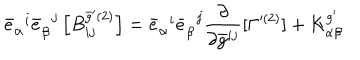
LaTeX: { \bar { e } } _ { \alpha } ^ { \; \; i } { \bar { e } } _ { \beta } ^ { \; \; j } \left[ { B } _ { i j } ^ { \bar { g } ^ { \prime } ( 2 ) } \right] = { \bar { e } } _ { \alpha } ^ { \; \; i } { \bar { e } } _ { \beta } ^ { \; \; j } \frac { \partial } { \partial \bar { g } ^ { i j } } [ \Gamma ^ { ( 2 ) } ] + { K } _ { \alpha \beta } ^ { g ^ { \prime } }